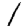
Digit: 1